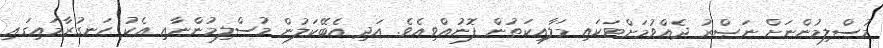
މުސްލިމުންނަށް ނަޞްރު ދެއްވުމަށްޓަކައި މަލާއިކަތުން ފޮނުއްވިއެވެ. އަދި އެބޭކަލުން މުސްލިމުންނާއި އެކު ހަނގުރާމައިގައި